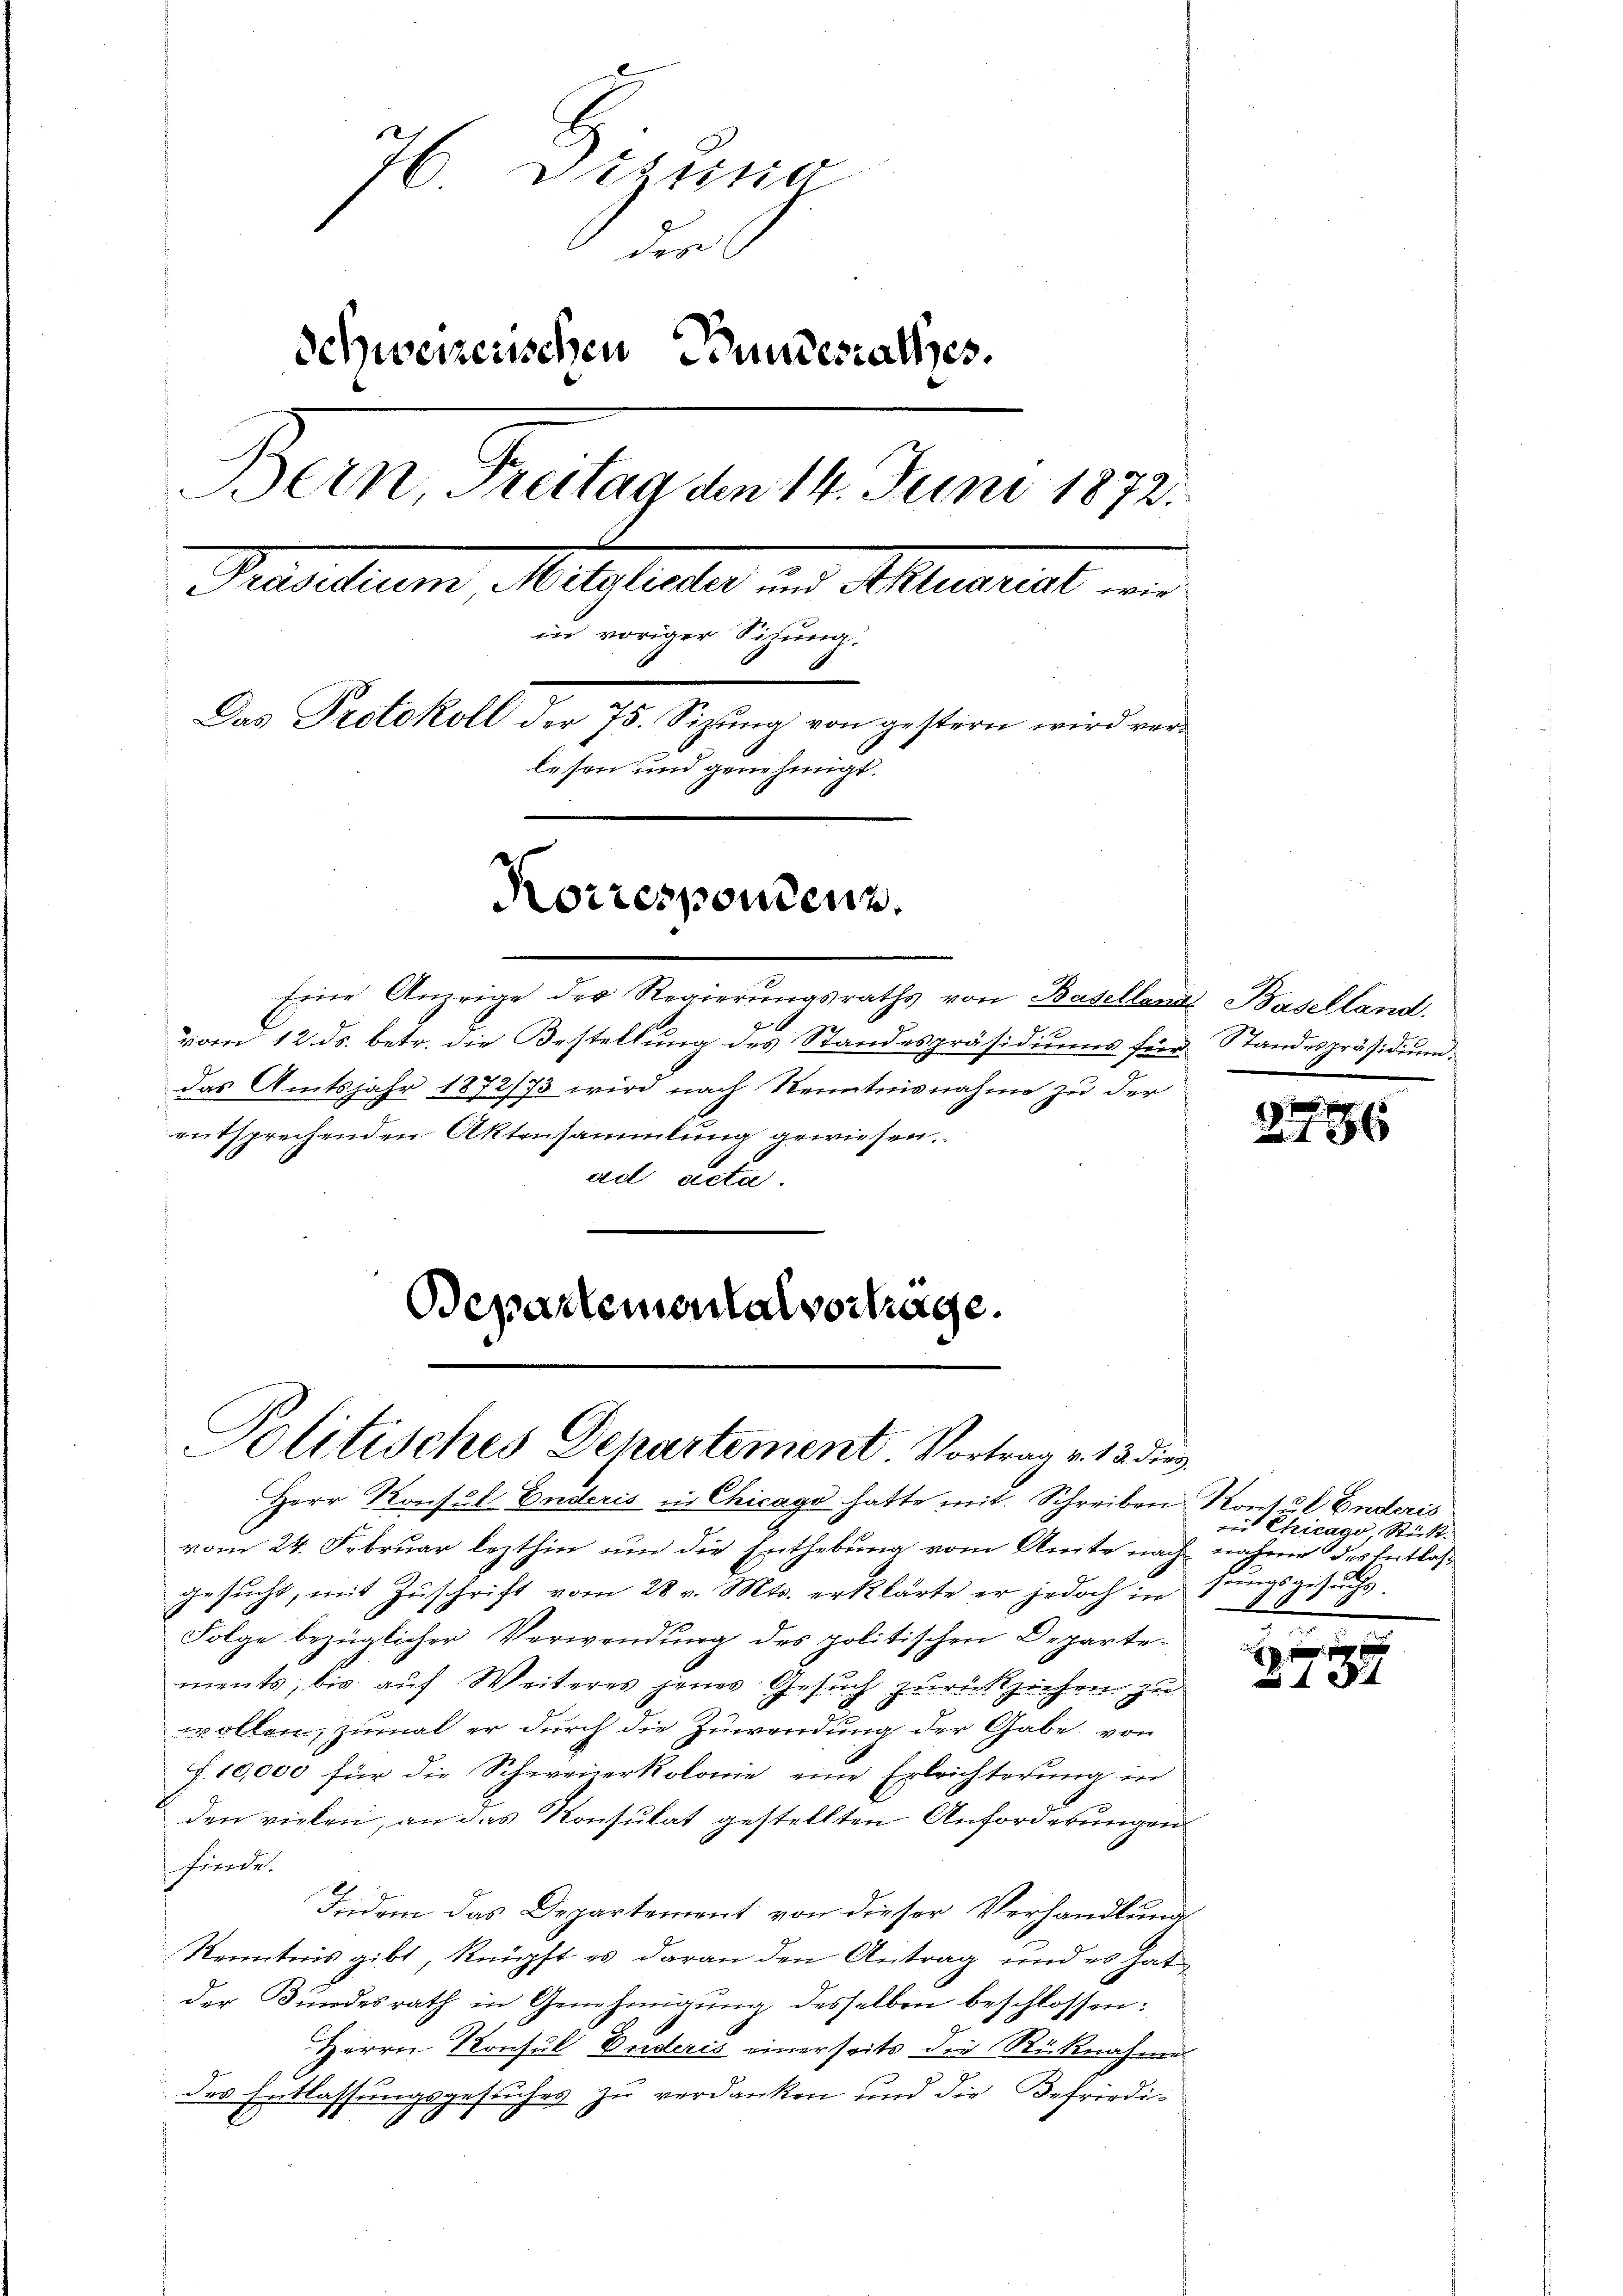
76 Sizilia
der
Schweizerischen Bundesrathes.
Bern, Freitag den 14. Juni 1872.
Prasilium Mitglieder und Alematist
in voriger Sichung.
Das Protokoll der 75. Sizung von gestern wird verlesen und genehmigt.

Korrespondenz.

Departemental vortrage.

Eine Anzeige der Regierungsraths von Baselland Baselland.
vom 12. ds. betr. die Bestellung des Standespräsidiums für Standespräsidium.
das Amtsjahr 1872/73 wird nach Kenntnisnahme zu der
entsprechenden Aktensammlung gewiesen.
ad acta.

Politisches Departement Vortrag v. 13 dies

Herr Konsel Enderis in Chicago hatte mit Schreiben Kontul Enderis
vom 24. Februar lezthin um die Enthebung vom Amte nach nahme des Entlasgesucht, mit Zuschrift vom 28 v. Mts. erklärte er jedoch in
Folge bezüglicher Verwendung des politischen Departements, bis auf Weiteres jenes Gesuch zurückziehen zu
wollen, zumal er durch die Zuwendung der Gabe, von
f. 10,000 für die Schweizerkolonie eine Erleichterung in
den vielen, an das Konsulat gestellten Anforderungen
Füerde.
Hedem das Departement von dieser Verhandlung
Kenntnis gibt, knüpft es daran den Antrag und es hat
der Bundesrath in Genehmigŭng desselben beschlossen:
Herrn Konsul Enderis einerseits die Rücknahme
des Entlassungsgesuches zu verdanken und die Befriedi¬
6

246

Die Chicago, Stückt.
sungsgesuchs.

1 xx
xx